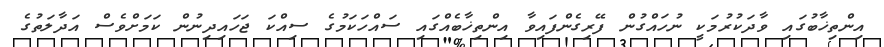
އިންތިޚާބުގައި ވާދަކުރުމަކީ ނުހައްގުން ފޭރިގެންފައިވާ އިންތިޚާބެއްގައި ސައްހަކަމުގެ ސިއްކަ ޖަހައިދިނުން ކަމަށްވެސް އަދާލަތުގެ